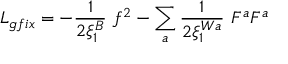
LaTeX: L _ { g f i x } = - { \frac { 1 } { 2 \xi _ { 1 } ^ { B } } } ~ f ^ { 2 } - \sum _ { a } { \frac { 1 } { 2 \xi _ { 1 } ^ { W a } } } ~ { \cal F } ^ { a } { \cal F } ^ { a }